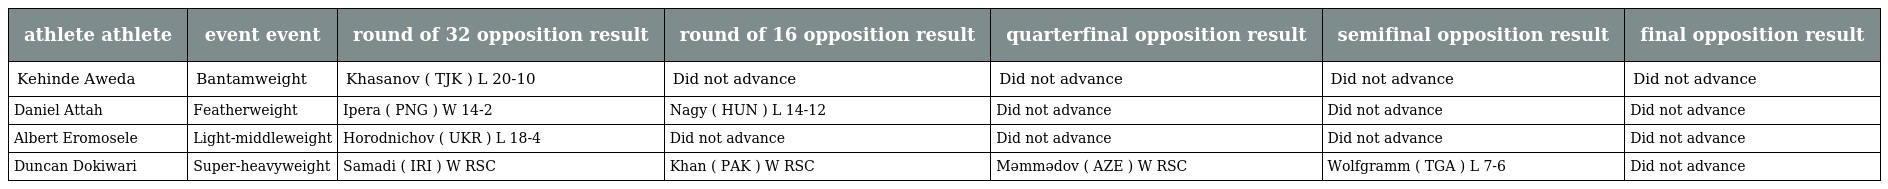
| athlete athlete | event event | round of 32 opposition result | round of 16 opposition result | quarterfinal opposition result | semifinal opposition result | final opposition result |
 | --- | --- | --- | --- | --- | --- | --- |
 | Kehinde Aweda | Bantamweight | Khasanov ( TJK ) L 20-10 | Did not advance | Did not advance | Did not advance | Did not advance |
 | Daniel Attah | Featherweight | Ipera ( PNG ) W 14-2 | Nagy ( HUN ) L 14-12 | Did not advance | Did not advance | Did not advance |
 | Albert Eromosele | Light-middleweight | Horodnichov ( UKR ) L 18-4 | Did not advance | Did not advance | Did not advance | Did not advance |
 | Duncan Dokiwari | Super-heavyweight | Samadi ( IRI ) W RSC | Khan ( PAK ) W RSC | Məmmədov ( AZE ) W RSC | Wolfgramm ( TGA ) L 7-6 | Did not advance |